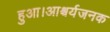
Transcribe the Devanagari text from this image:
हुआ।आश्चर्यजनक